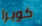
كوبرا